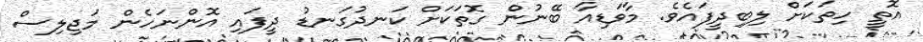
އޮތީ ހިތަކަށް ލިބިދީފައެވެ. މާވަޑިއާ ބޭނުން ގޮތަކަށް ކަނދުގަނޑު ދީފައި އޮންނަހެން މަޖިލިސް